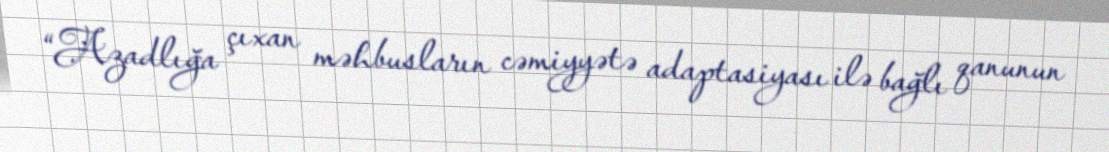
“Azadlığa çıxan məhbusların cəmiyyətə adaptasiyası ilə bağlı qanunun